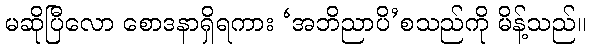
မဆိုပြီလော စောဒနာရှိရကား ‘အဘိညာပိ’စသည်ကို မိန့်သည်။